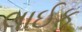
લાઈક